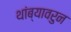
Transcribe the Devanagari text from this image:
थांब्यावरुन